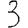
Digit: 3